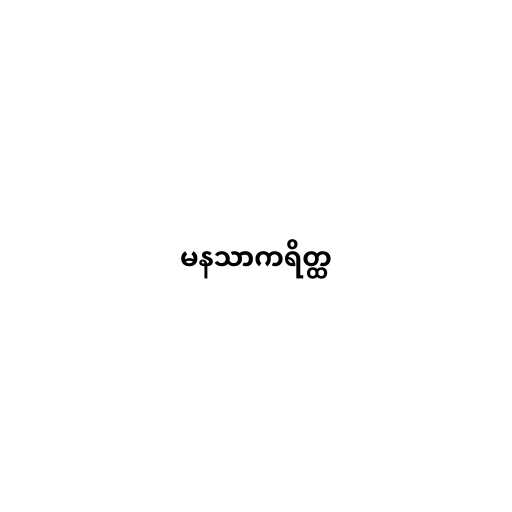
မနသာကရိတ္ထ